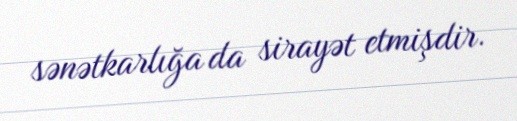
sənətkarlığa da sirayət etmişdir.